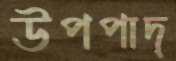
উপপাদ্